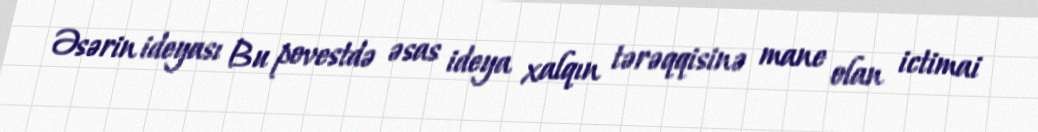
Əsərin ideyası Bu povestdə əsas ideya xalqın tərəqqisinə mane olan ictimai